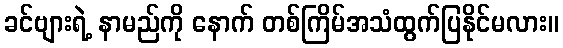
ခင်ဗျားရဲ့ နာမည်ကို နောက် တစ်ကြိမ်အသံထွက်ပြနိုင်မလား။